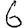
Digit: 6